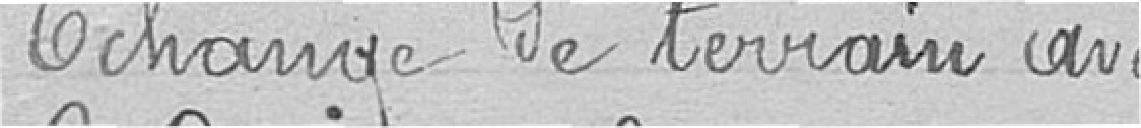
Echange de terrain avec